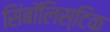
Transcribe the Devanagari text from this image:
सिंबॉलिस्टिक